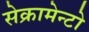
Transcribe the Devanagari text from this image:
सेक्रामेन्टो